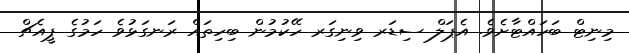
މިނިޓް ބަހައްޓާށެވެ. އެޕަލް ސިޑަރ ވިނިގަރ ހޭކުމުން ބިހިތައް ރަނގަޅުވެ ހަމުގެ ޕީއެޗް